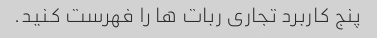
پنج کاربرد تجاری ربات ها را فهرست کنید.